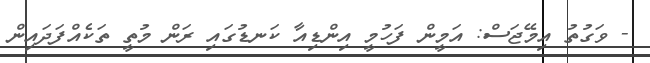
- ވަގުތު އިމޭޖަސް: އަމީން ފަހުމީ އިންޑިއާ ކަނޑުގައި ރަން މުތީ ތަކެއްފަދައިން